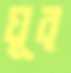
ঘূর্